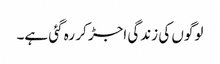
لوگوں کی زندگی اجڑ کر رہ گئی ہے۔